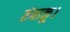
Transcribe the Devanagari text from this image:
तंबाकू।